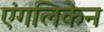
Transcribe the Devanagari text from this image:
एंगलिकेन